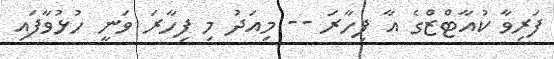
ފަރިވާ ކުއާޓްޒްގެ އާ ފިހާރަ -- މިއަދު މި ފިހާރަ ވަނީ ހުޅުވާފައި